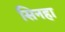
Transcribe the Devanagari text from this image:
सिनहा